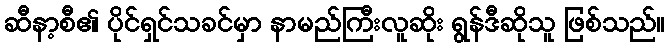
ဆီနာ့စီ၏ ပိုင်ရှင်သခင်မှာ နာမည်ကြီးလူဆိုး ရွန်ဒီဆိုသူ ဖြစ်သည်။